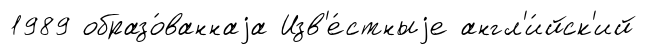
1989 образо́ваннаjа Изв'е́стныjе англ'и́йск'ий